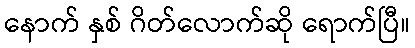
နောက် နှစ် ဂိတ်လောက်ဆို ရောက်ပြီ။